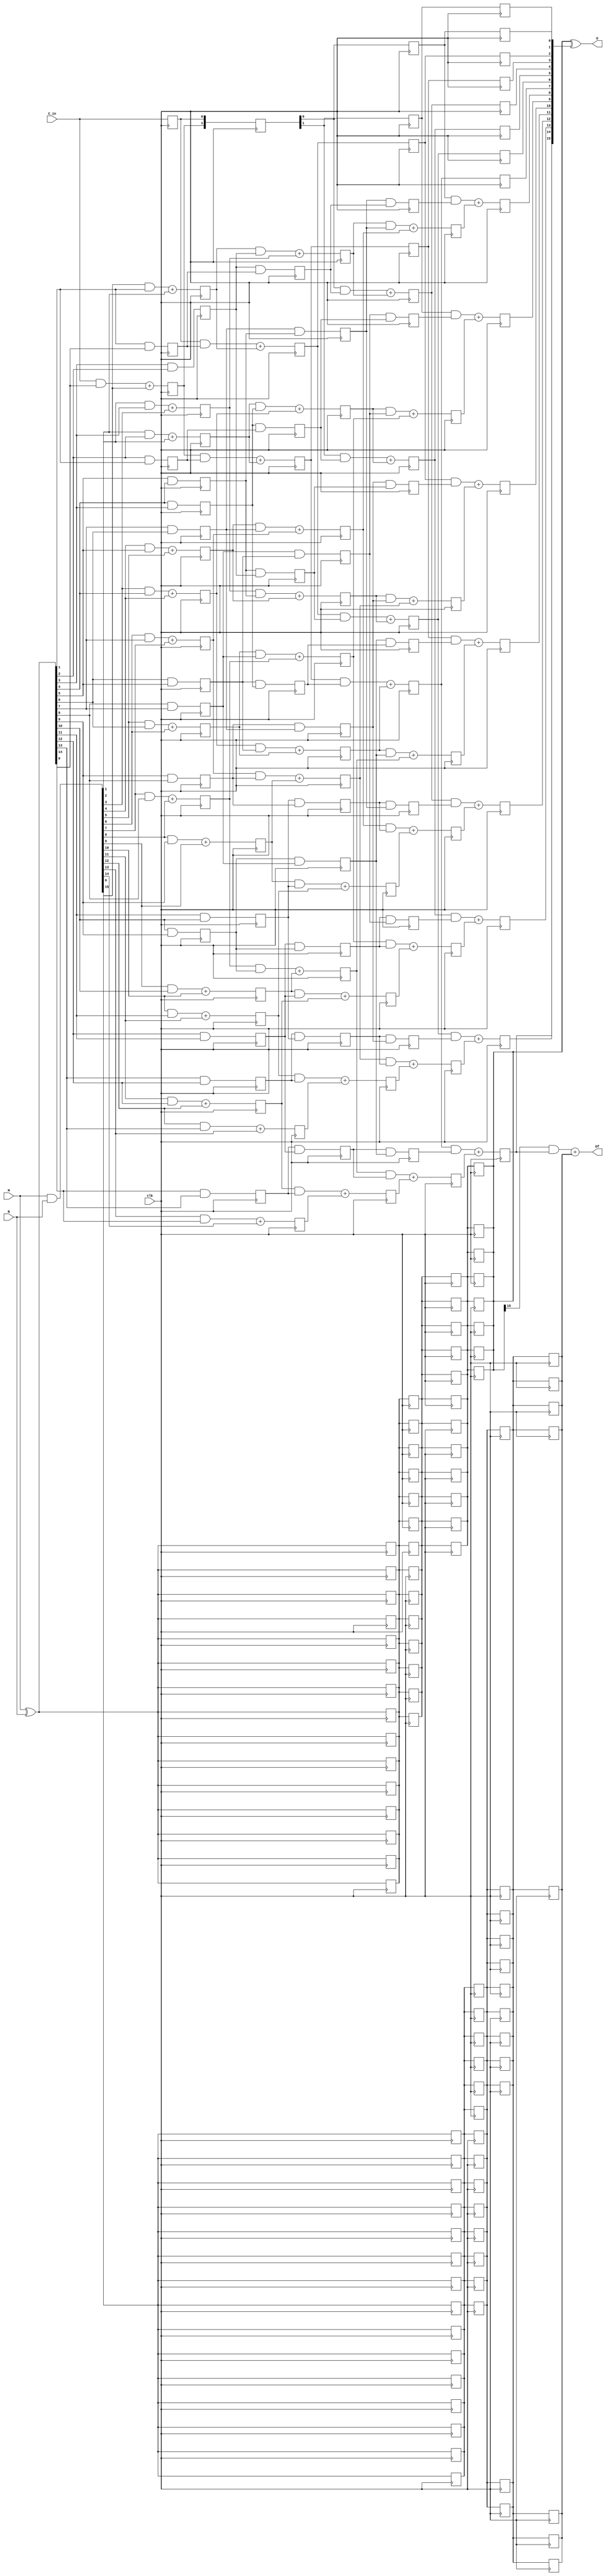
module CLAout(input [15:0] M,input [15:0] N,input C_in,output [15:0] O,output Of,input clk);
    wire [15:0] M,N,O;
    wire [16:0] D,P; 
    wire Of, C_in;
    reg [15:0] D1,D2,D3,D4;
    reg [15:0] P1,P2,P3;
    reg [15:0] XO1,XO2,XO3,XO4;
    reg AO1,AO2,AO3,AO4; 
    
    genvar k;
    assign P={M^N,1'b0};
    assign D={M&N,C_in};
    generate
    for(k=1;k<16;k=k+1) 
	begin 
        always @(posedge clk) 
	begin
        D1[k]<=(D[k-1] & P[k])+D[k];
        P1[k]<=P[k] & P[k-1];
        AO1<=D[16];
        XO1<=P[16:1];
        end
    end
    for(k=2;k<16;k=k+1) 
	begin 
        always @(posedge clk) 
	begin
        D2[k]<=(D1[k-2] & P1[k])+D1[k];
        P2[k]<=P1[k]&P1[k-2];
        AO2<=AO1;
        XO2<=XO1;
        end
    end
    for(k=4;k<16;k=k+1) 
	begin 
        always @(posedge clk) 
	begin
        D3[k]<=(D2[k-4] & P2[k])+D2[k];
        P3[k]<=P2[k]&P2[k-4];
        AO3<=AO2;
        XO3<=XO2;
        end
    end
    for(k=8;k<16;k=k+1) 
	begin 
        always @(posedge clk) 
	begin
        D4[k]<=(D3[k-8] & P3[k])+D3[k];
        AO4<=AO3;
        XO4<=XO3;
        end
    end

    always @(posedge clk) begin
    D1[0]<=D[0];

    D2[0]<=D1[0];
    D2[1]<=D1[1];
    end

    for(k=0;k<4;k=k+1)
        always @(posedge clk) D3[k]<=D2[k];

    for(k=0;k<8;k=k+1)
        always @(posedge clk) D4[k]<=D3[k]; 
    
    endgenerate
    assign O=XO4 ^ D4;
    assign Of=(XO4[15] & D4[15]) + AO4;
endmodule